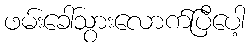
ဖမ်းခေါ်သွားလောက်ပြီပေါ့